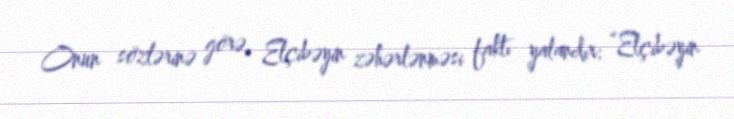
Onun sözlərinə görə, Elçibəyin zəhərlənməsi faktı yalandır: “Elçibəyin